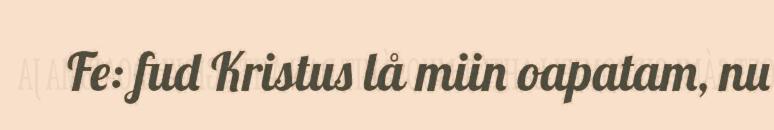
Fe: fud Kristus lå miin oapatam, nu